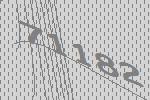
71182